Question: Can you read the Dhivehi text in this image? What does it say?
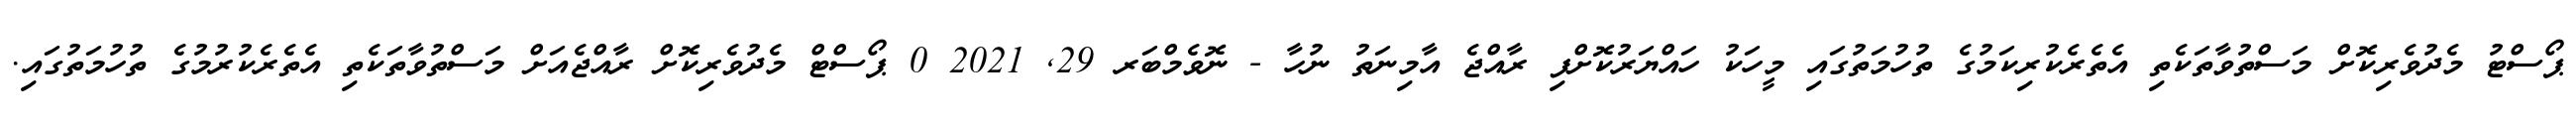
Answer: ޕޯސްޓު މެދުވެރިކޮށް މަސްތުވާތަކެތި އެތެރެކުރިކަމުގެ ތުހުމަތުގައި މީހަކު ހައްޔަރުކޮށްފި ރާއްޖެ އާމިނަތު ނުހާ - ނޮވެމްބަރ 29, 2021 0 ޕޯސްޓް މެދުވެރިކޮށް ރާއްޖެއަށް މަސްތުވާތަކެތި އެތެރެކުރުމުގެ ތުހުމަތުގައި.